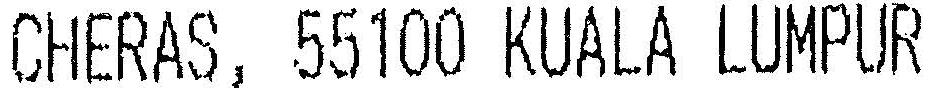
CHERAS, 55100 KUALA LUMPUR